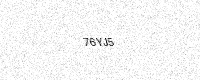
Text: 76YJ5